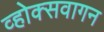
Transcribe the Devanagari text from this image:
व्होक्सवागन